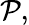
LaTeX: {\mathcal P},